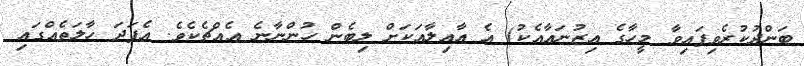
ބަންދުކުރެވިފައިވާ މީހާގެ އިޒުނައާއެކު) އެ އާއިލާއަކަށް ލިބެން ހުންނާނެ އެއްޗެކެވެ. އެފަދަ ހާލަތެއްގައި